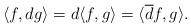
LaTeX: \begin{align*}\langle f, d g\rangle = d\langle f,g\rangle = \langle \overline{d} f,g\rangle.\end{align*}